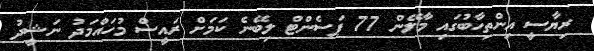
ރިޔާސީ އިންތިހާބުގައި މާލޭން 77 ޕަސެންޓް ލިބޭނެ ކަމަށް ރައީސް މުހައްމަދު ނަޝީދު